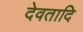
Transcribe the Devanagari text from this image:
देवतादि